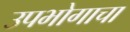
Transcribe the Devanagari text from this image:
उपभोगाचा